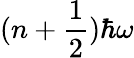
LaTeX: (n+{\frac{1}{2}})\hbar\omega